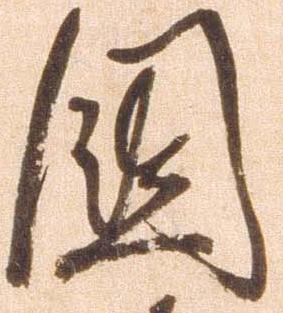
国